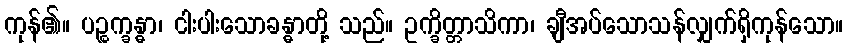
ကုန်၏။ ပဉ္စက္ခန္ဓာ၊ ငါးပါးသောခန္ဓာတို့ သည်။ ဥက္ခိတ္တာသိကာ၊ ချီအပ်သောသန်လျှက်ရှိကုန်သော။